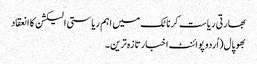
بھارتی ریاست کرناٹک میں اہم ریاستی الیکشن کا انعقاد
بھوپال(اُردو پوائنٹ اخبارتازہ ترین۔